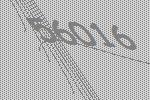
56016